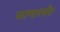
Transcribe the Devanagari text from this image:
मरणापर्यंत